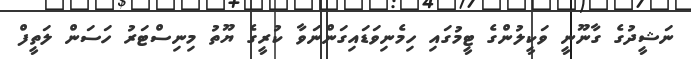
ނަޝީދުގެ ގާނޫނީ ވަކީލުންގެ ޓީމުގައި ހިމެނިވަޑައިގަންނަވާ ކުރީގެ ޔޫތު މިނިސްޓަރު ހަސަން ލަތީފް